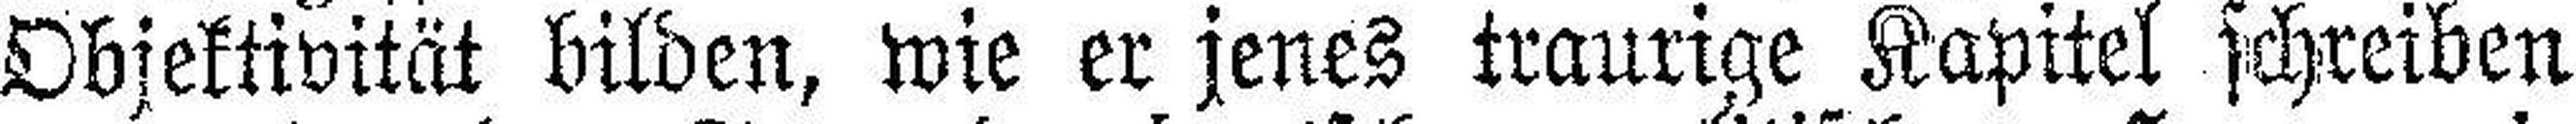
Objektivität bilden, wie er jenes traurige Kapitel schreiben